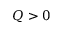
Q > 0